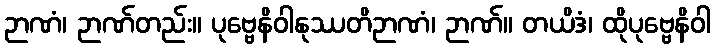
ဉာဏံ၊ ဉာဏ်တည်း။ ပုဗ္ဗေနိဝါနုဿတိဉာဏံ၊ ဉာဏ်။ တယိဒံ၊ ထိုပုဗ္ဗေနိဝါ